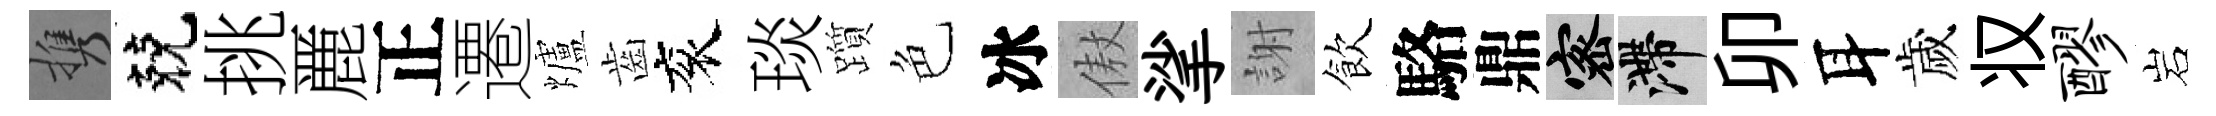
携兢挑䴡正遷爐齒衮琰躓色冰傲挲謝飲駱鼎密滯卯耳歲𠬧醪岩